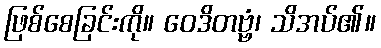
ဖြစ်စေခြင်းကို။ ဝေဒိတဗ္ဗံ၊ သိအပ်၏။